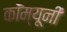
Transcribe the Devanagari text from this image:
कॉम्यूनी